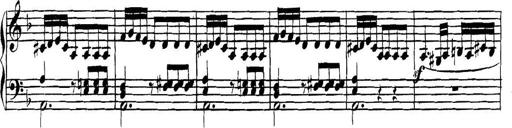
Title: Collected Piano Sonatas
Composer: Muzio Clementi